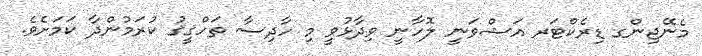
މެނޭޖިންގ ޑިރެކްޓަރ އަޝްވަނީ ލޮހާނީ ވިދާޅުވީ މި ހާދިސާ ތަހްޤީޤު ކުރަމުންދާ ކަމަށެވެ.